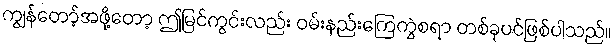
ကျွန်တော့်အဖို့တော့ ဤမြင်ကွင်းလည်း ဝမ်းနည်းကြေကွဲစရာ တစ်ခုပင်ဖြစ်ပါသည်။